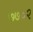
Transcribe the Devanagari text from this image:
७७०२